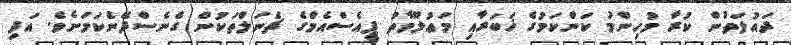
ދައުލަތުން ކުރާ މުހިންމު ކަންކަމުގެ ޚަބަރާއި މަޢުލޫމާތު ޕީއެސްއެމްގެ ޗެނަލްތަކުން ގެނެސްދޭނެކަމަށެވެ. އަދި